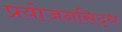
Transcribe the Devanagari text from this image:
प्रयोजनसिद्ध